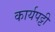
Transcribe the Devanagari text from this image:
कार्यपट्टी